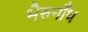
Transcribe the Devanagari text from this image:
भैरुनाँथ